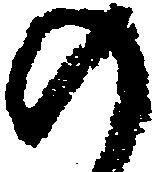
の